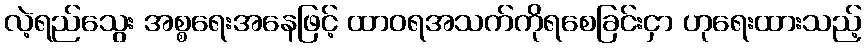
လဲ့ရည်သွေး အစ္စရေးအနေဖြင့် ထာဝရအသက်ကိုရစေခြင်းငှာ ဟုရေးထားသည့်